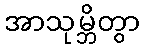
အာသုမ္ဘိတွာ